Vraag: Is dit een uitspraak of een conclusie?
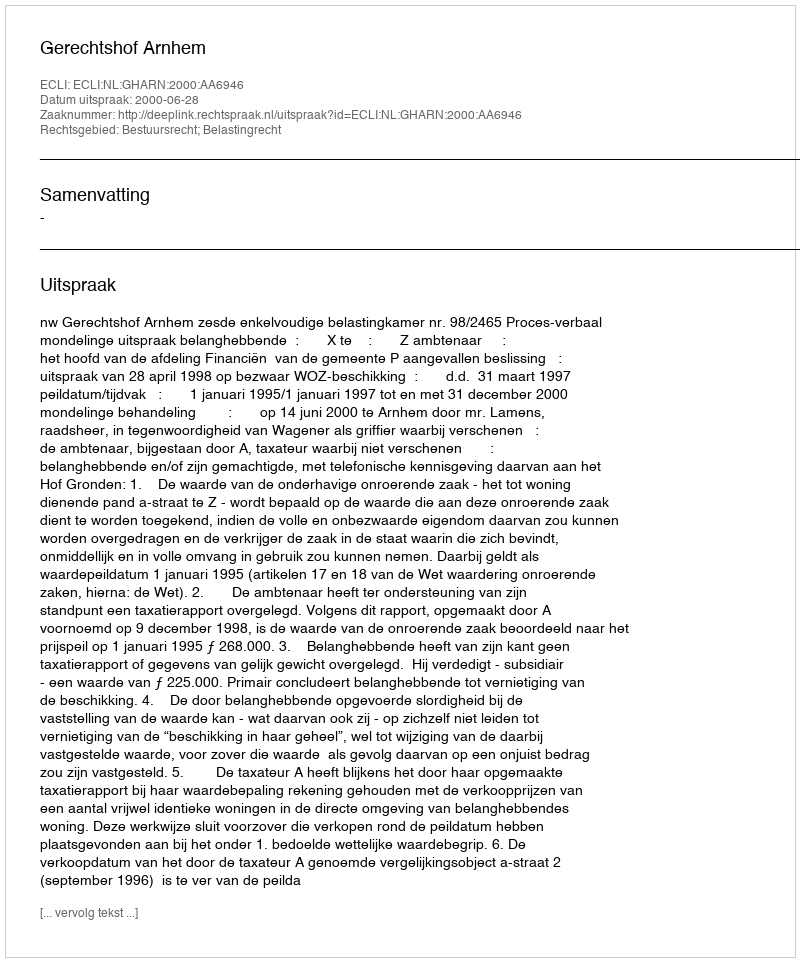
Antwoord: Uitspraak